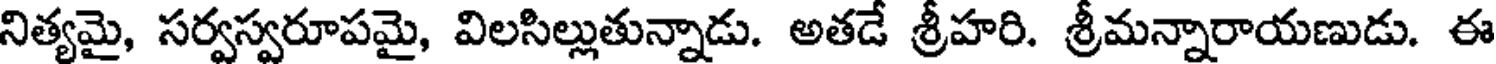
నిత్యమై, సర్వస్వరూపమై, విలసిల్లుతున్నాడు. అతడే శ్రీహరి. శ్రీమన్నారాయణుడు. ఈ